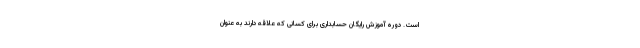
است. دوره آموزش رایگان حسابداری برای کسانی که علاقه دارند به عنوان